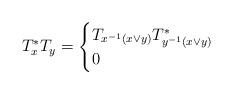
LaTeX: \begin{align*}T_x^*T_y =\begin{cases}T_{x^{-1}(x \vee y)}T_{y^{-1}(x \vee y)}^*&\\0&\end{cases}\end{align*}